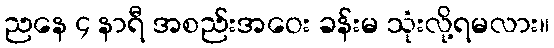
ညနေ ၄ နာရီ အစည်းအဝေး ခန်းမ သုံးလို့ရမလား။